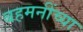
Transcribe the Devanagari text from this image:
बहमनींच्या